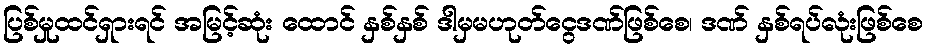
ပြစ်မှုထင်ရှားရင် အမြင့်ဆုံး ထောင် နှစ်နှစ် ဒါမှမဟုတ်ငွေဒဏ်ဖြစ်စေ၊ ဒဏ် နှစ်ရပ်လုံးဖြစ်စေ